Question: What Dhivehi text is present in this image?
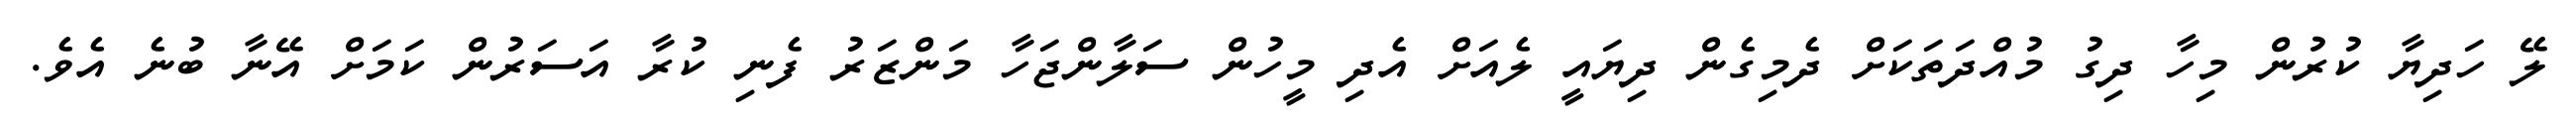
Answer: ލޭ ހަދިޔާ ކުރުން މިހާ ދިގު މުއްދަތަކަށް ދެމިގެން ދިޔައީ ލެއަށް އެދި މީހުން ސަލާންޖަހާ މަންޒަރު ފެނި ކުރާ އަސަރުން ކަމަށް އޭނާ ބުނެ އެވެ.